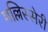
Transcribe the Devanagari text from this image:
मल्लिस्सेरी